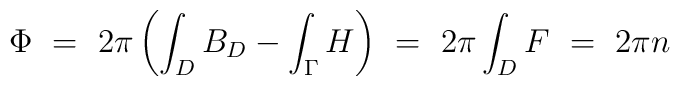
\Phi \ = \ 2\pi \left( \int_D B_D - \int_\Gamma H \right) \ =\  2\pi \int_D F \ = \ 2\pi n